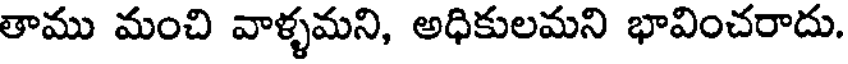
తాము మంచి వాళ్ళమని, అధికులమని భావించరాదు.